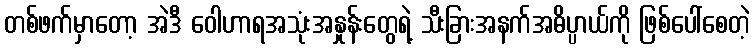
တစ်ဖက်မှာတော့ အဲဒီ ဝေါဟာရအသုံးအနှုန်းတွေရဲ့ သီးခြားအနက်အဓိပ္ပာယ်ကို ဖြစ်ပေါ်စေတဲ့